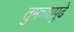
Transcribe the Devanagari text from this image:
तुमच्यापुढे